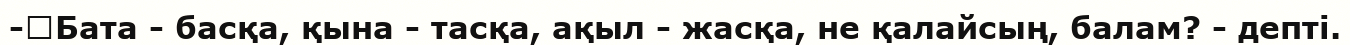
-	Бата - басқа, қына - тасқа, ақыл - жасқа, не қалайсың, балам? - депті.